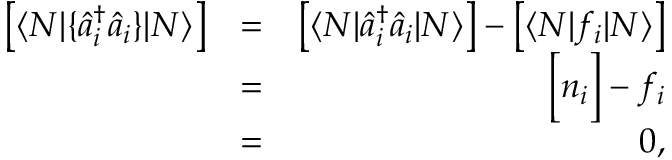
\begin{array} { r l r } { \left[ \langle N | \{ \hat { a } _ { i } ^ { \dagger } \hat { a } _ { i } \} | N \rangle \right] } & { = } & { \left[ \langle N | \hat { a } _ { i } ^ { \dagger } \hat { a } _ { i } | N \rangle \right] - \left[ \langle N | f _ { i } | N \rangle \right] } \\ & { = } & { \Big [ n _ { i } \Big ] - f _ { i } } \\ & { = } & { 0 , } \end{array}